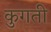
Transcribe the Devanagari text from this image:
कुगती